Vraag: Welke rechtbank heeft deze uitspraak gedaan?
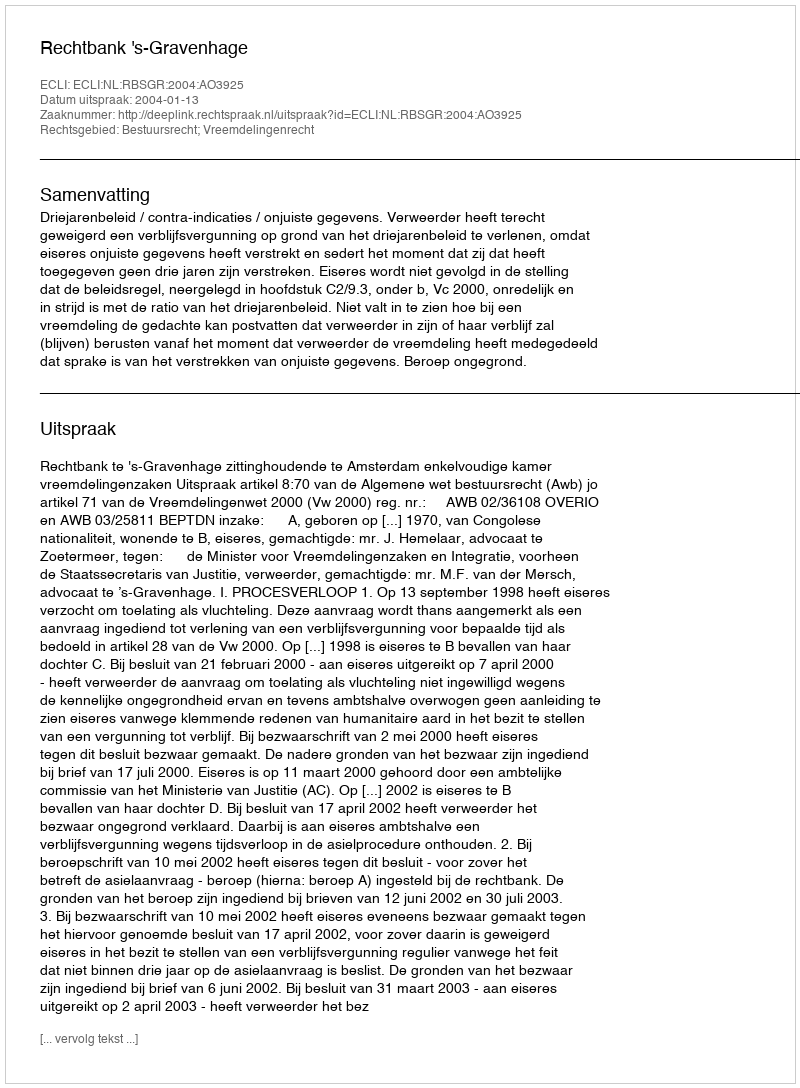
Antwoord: Rechtbank 's-Gravenhage